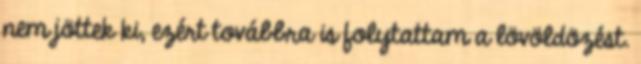
nem jöttek ki, ezért továbbra is folytattam a lövöldözést.